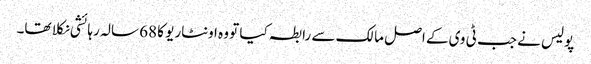
پولیس نے جب ٹی وی کے اصل مالک سے رابطہ کیا تو وہ اونٹاریو کا 68 سالہ رہائشی نکلا تھا۔